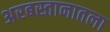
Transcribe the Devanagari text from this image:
अरबस्तानातला